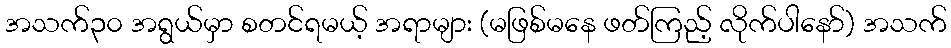
အသက်၃၀ အရွယ်မှာ စတင်ရမယ့် အရာများ (မဖြစ်မနေ ဖတ်ကြည့် လိုက်ပါနော်) အသက်